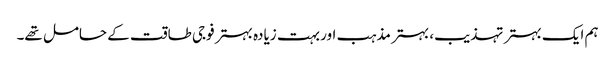
ہم ایک بہتر تہذیب، بہتر مذہب اور بہت زیادہ بہتر فوجی طاقت کے حامل تھے۔